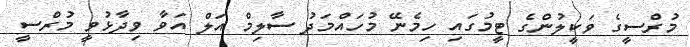
މުރްސީގެ ވަކީލުންގެ ޓީމުގައި ހިމެނޭ މުހައްމަދު ސާލިމް އަލް އަވާ ވިދާޅުވީ މުރްސީ